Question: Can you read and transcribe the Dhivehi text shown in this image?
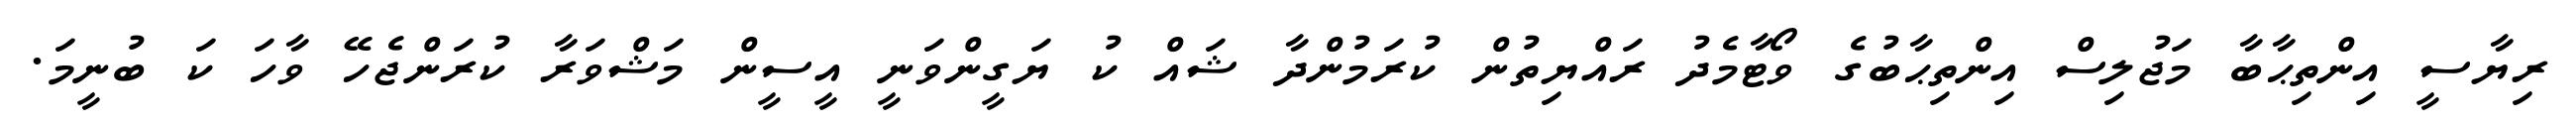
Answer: ރިޔާސީ އިންތިޙާބާ މަޖުލިސް އިންތިޙާބުގެ ވޯޓާމެދު ރައްޔިތުން ކުރަމުންދާ ޝައް ކު ޔަގީންވަނީ އީސީން މަޝްވަރާ ކުރަންޖެހޭ ވާހަ ކަ ބުނީމަ.